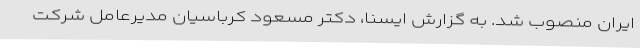
ایران منصوب شد. به گزارش ایسنا، دکتر مسعود کرباسیان مدیرعامل شرکت